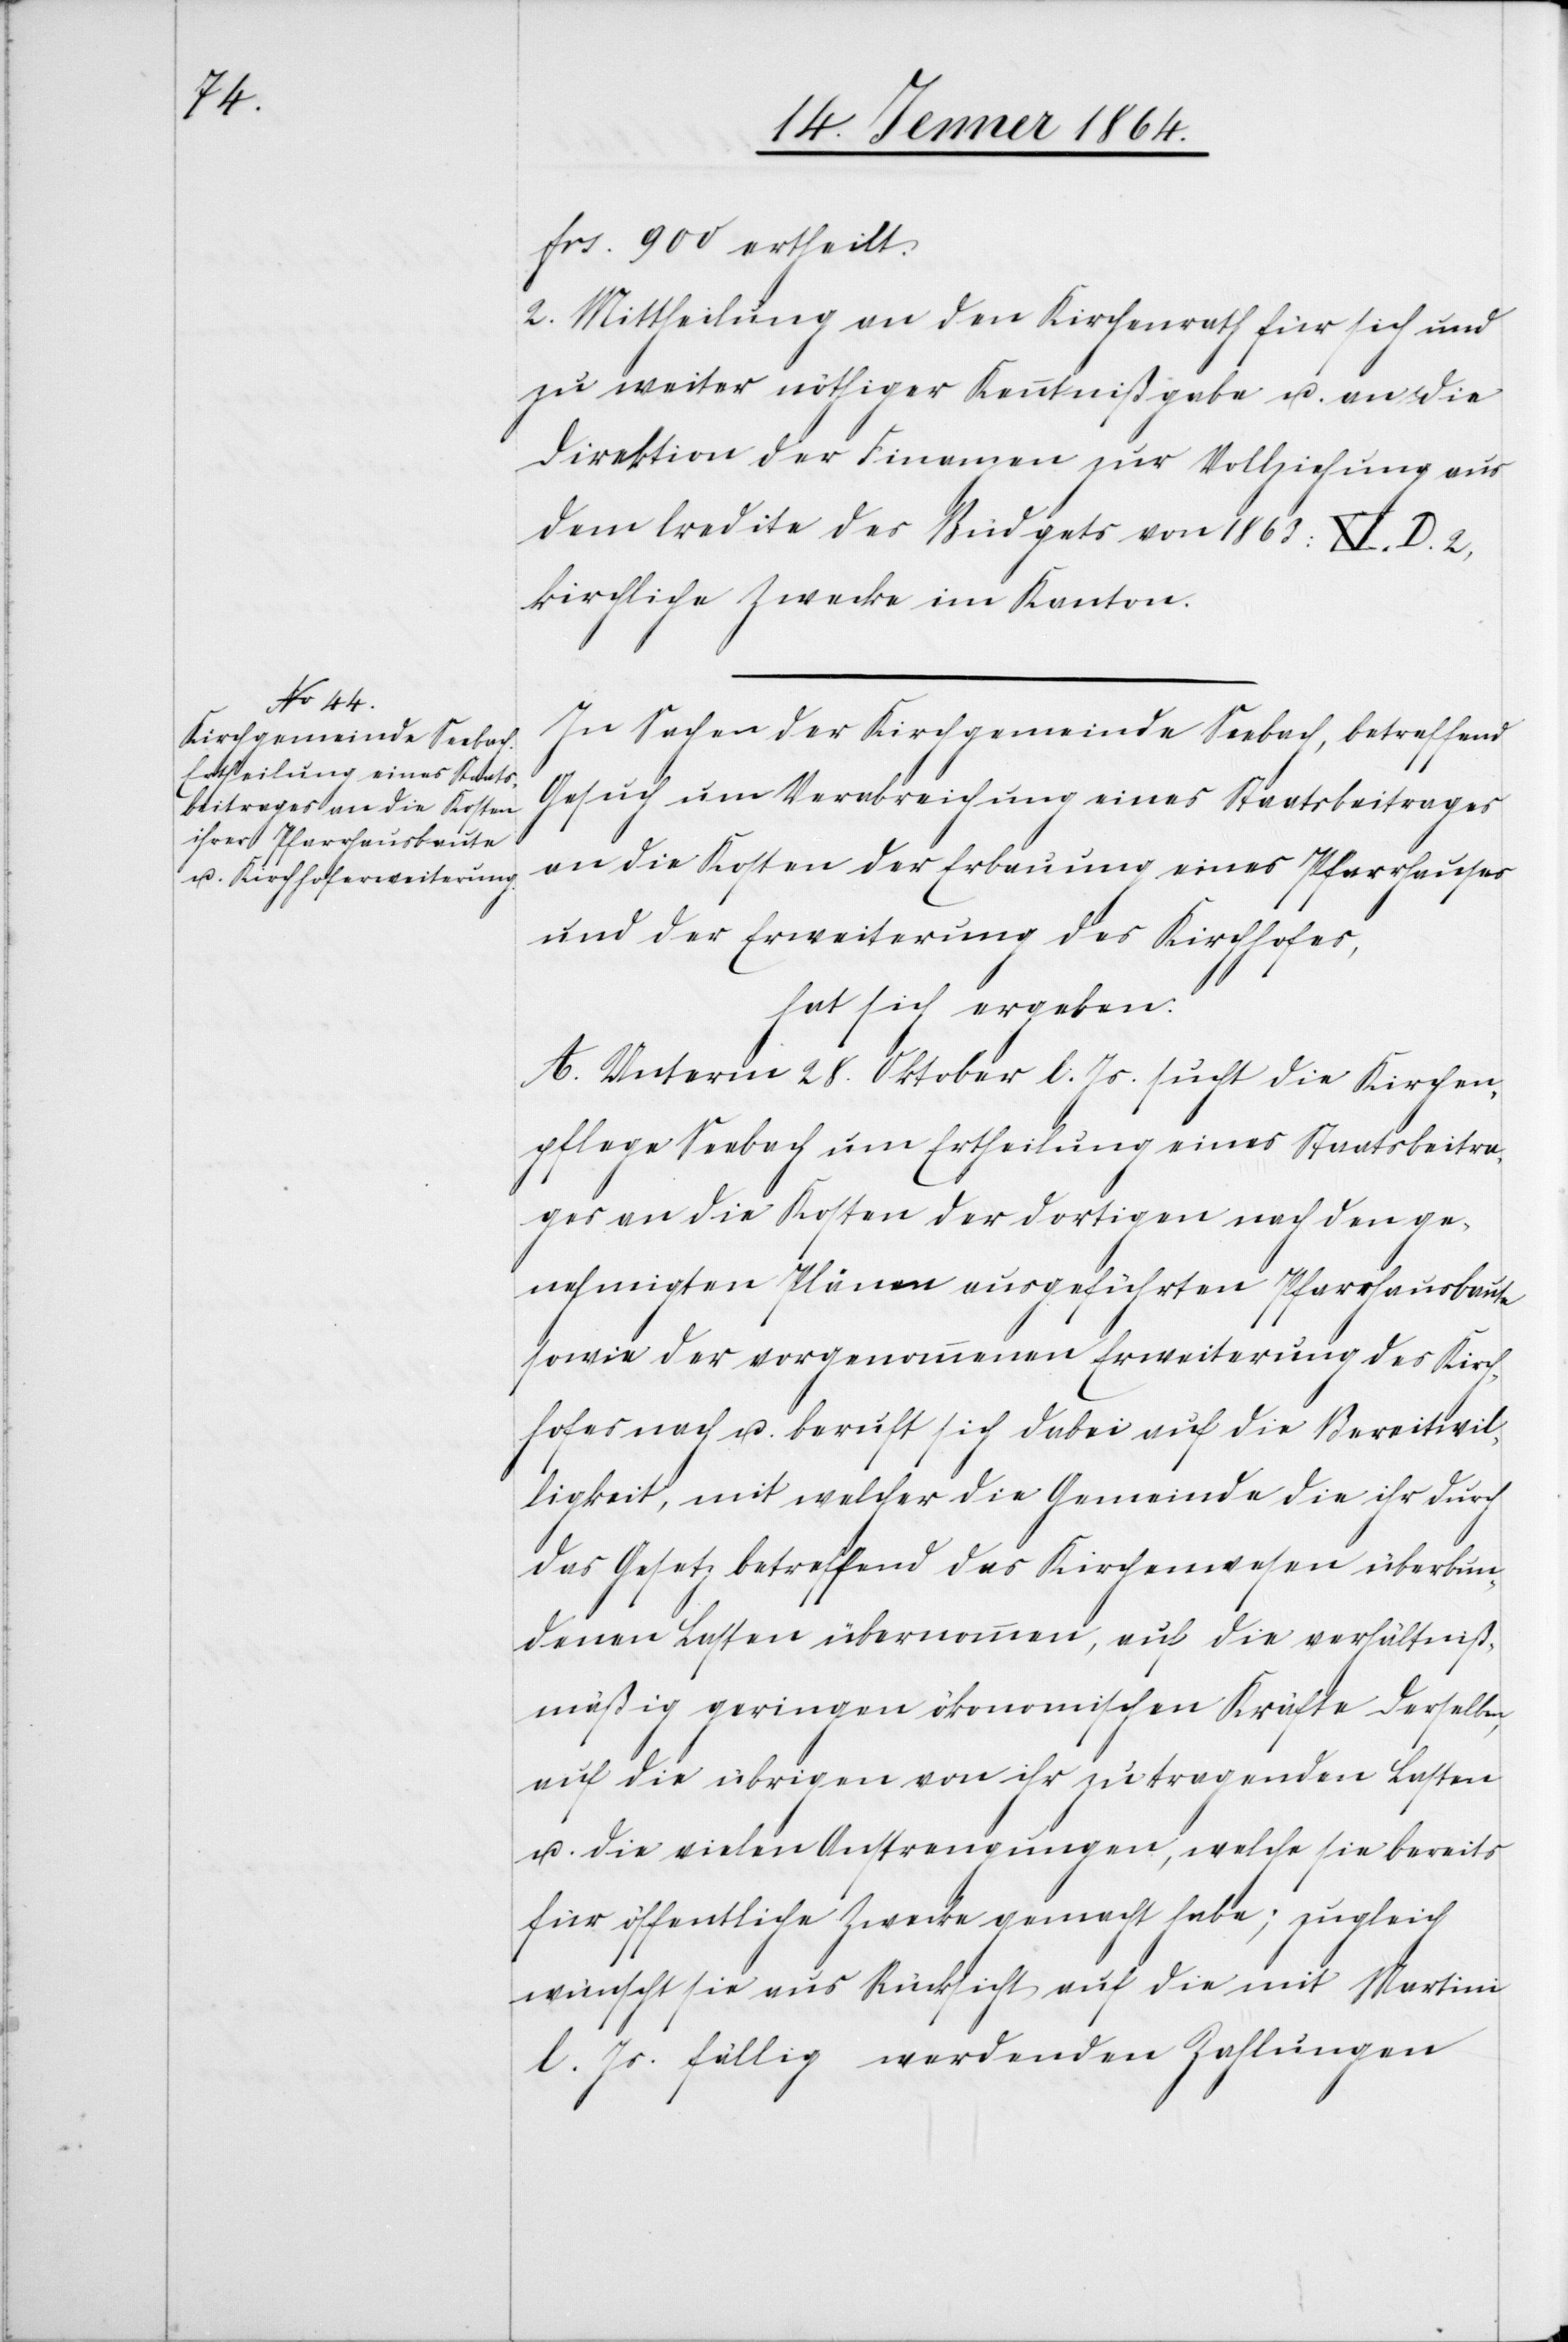
frs. 900 ertheilt.
2. Mittheilung an den Kirchenrath für sich und
zu weiter nöthiger Kenntnißgabe u. an die
Direktion der Finanzen zur Vollziehung aus
dem Credite des Budgets von 1863:XI.D.2,
kirchliche Zwecke im Kanton.
In Sachen der Kirchgemeinde Seebach, betreffend
Gesuch um Verabreichung eines Staatsbeitrages
an die Kosten der Erbauung eines Pfarrhauses
und der Erweiterung des Kirchhofes,
hat sich ergeben:
A. Unterm 28. Oktober l. Js. sucht die Kirchen¬
pflege Seebach um Ertheilung eines Staatsbeitra¬
ges an die Kosten der dortigen nach den ge¬
nehmigten Plänen ausgeführten Pfarrhausbaute
sowie der vorgenommenen Erweiterung des Kirch¬
hofes nach u. beruft sich dabei auf die Bereitwil¬
ligkeit, mit welcher die Gemeinde die ihr durch
das Gesetz betreffend das Kirchenwesen überbun¬
denen Lasten übernommen, auf die verhältniß¬
mäßig geringen ökonomischen Kräfte derselben,
auf die übrigen von ihr zu tragenden Lasten
u. die vielen Anstrengungen, welche sie bereits
für öffentliche Zwecke gemacht habe; zugleich
wünscht sie aus Rücksicht auf die mit Martini
l. Js. fällig werdenden Zahlungen